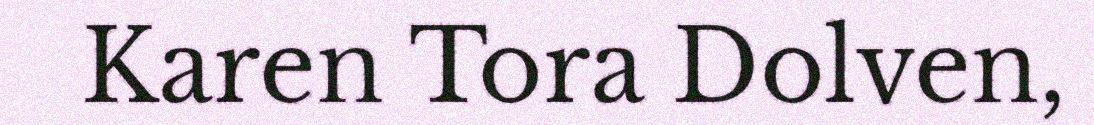
Karen Tora Dolven,